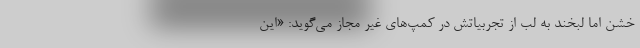
خشن اما لبخند به لب از تجربیاتش در کمپ‌های غیر مجاز می‌گوید: «این